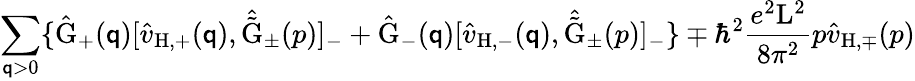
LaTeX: \sum_{\mathsf{q}>0}\{ \hat{{\mathrm{{G}}}}_{+}(\mathsf{q})[\hat{{v}}_{\mathrm{{H,+}}}(\mathsf{q}),\hat{{\tilde{{\mathrm{{G}}}}}}_{\pm}(p)]_{-}+\hat{{\mathrm{{G}}}}_{-}(\mathsf{q})[\hat{{v}}_{\mathrm{{H,-}}}(\mathsf{q}),\hat{{\tilde{{\mathrm{{G}}}}}}_{\pm}(p)]_{-}\} \mp{\hbar}^{2}\frac{{e^{2}\mathrm{{L}}^{2}}}{{8{\pi}^{2}}}p\hat{{v}}_{\mathrm{{H,\mp}}}(p)